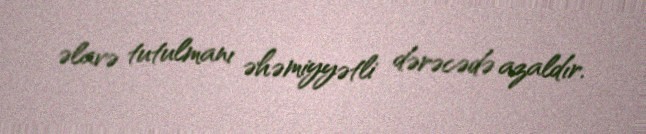
əlavə tutulmanı əhəmiyyətli dərəcədə azaldır.